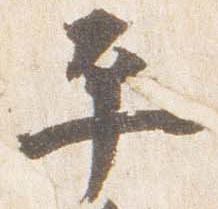
平